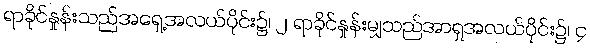
ရာခိုင်နှုန်းသည်အရှေ့အလယ်ပိုင်း၌၊ ၂ ရာခိုင်နှုန်းမျှသည်အာရှအလယ်ပိုင်း၌၊ ၄